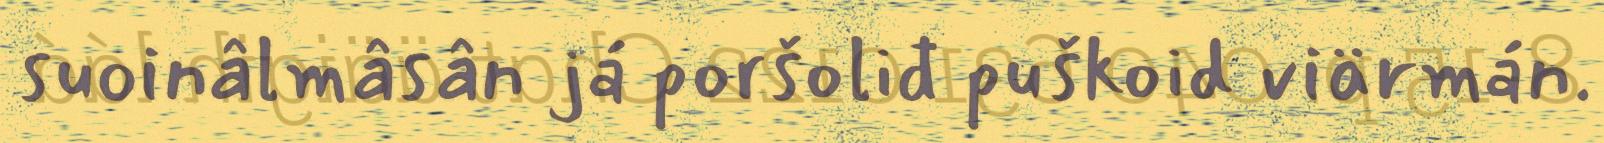
suoinâlmâsân já poršoliđ puškoid viärmán.